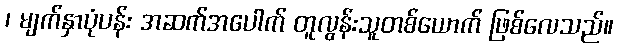
၊ မျက်နှာပုံပန်း အဆက်အပေါက် တူလွန်းသူတစ်ယောက် ဖြစ်လေသည်။